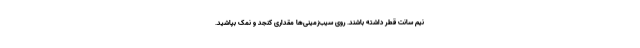
نیم سانت قطر داشته باشند. روی سیب‌زمینی‌ها مقداری کنجد و نمک بپاشید.